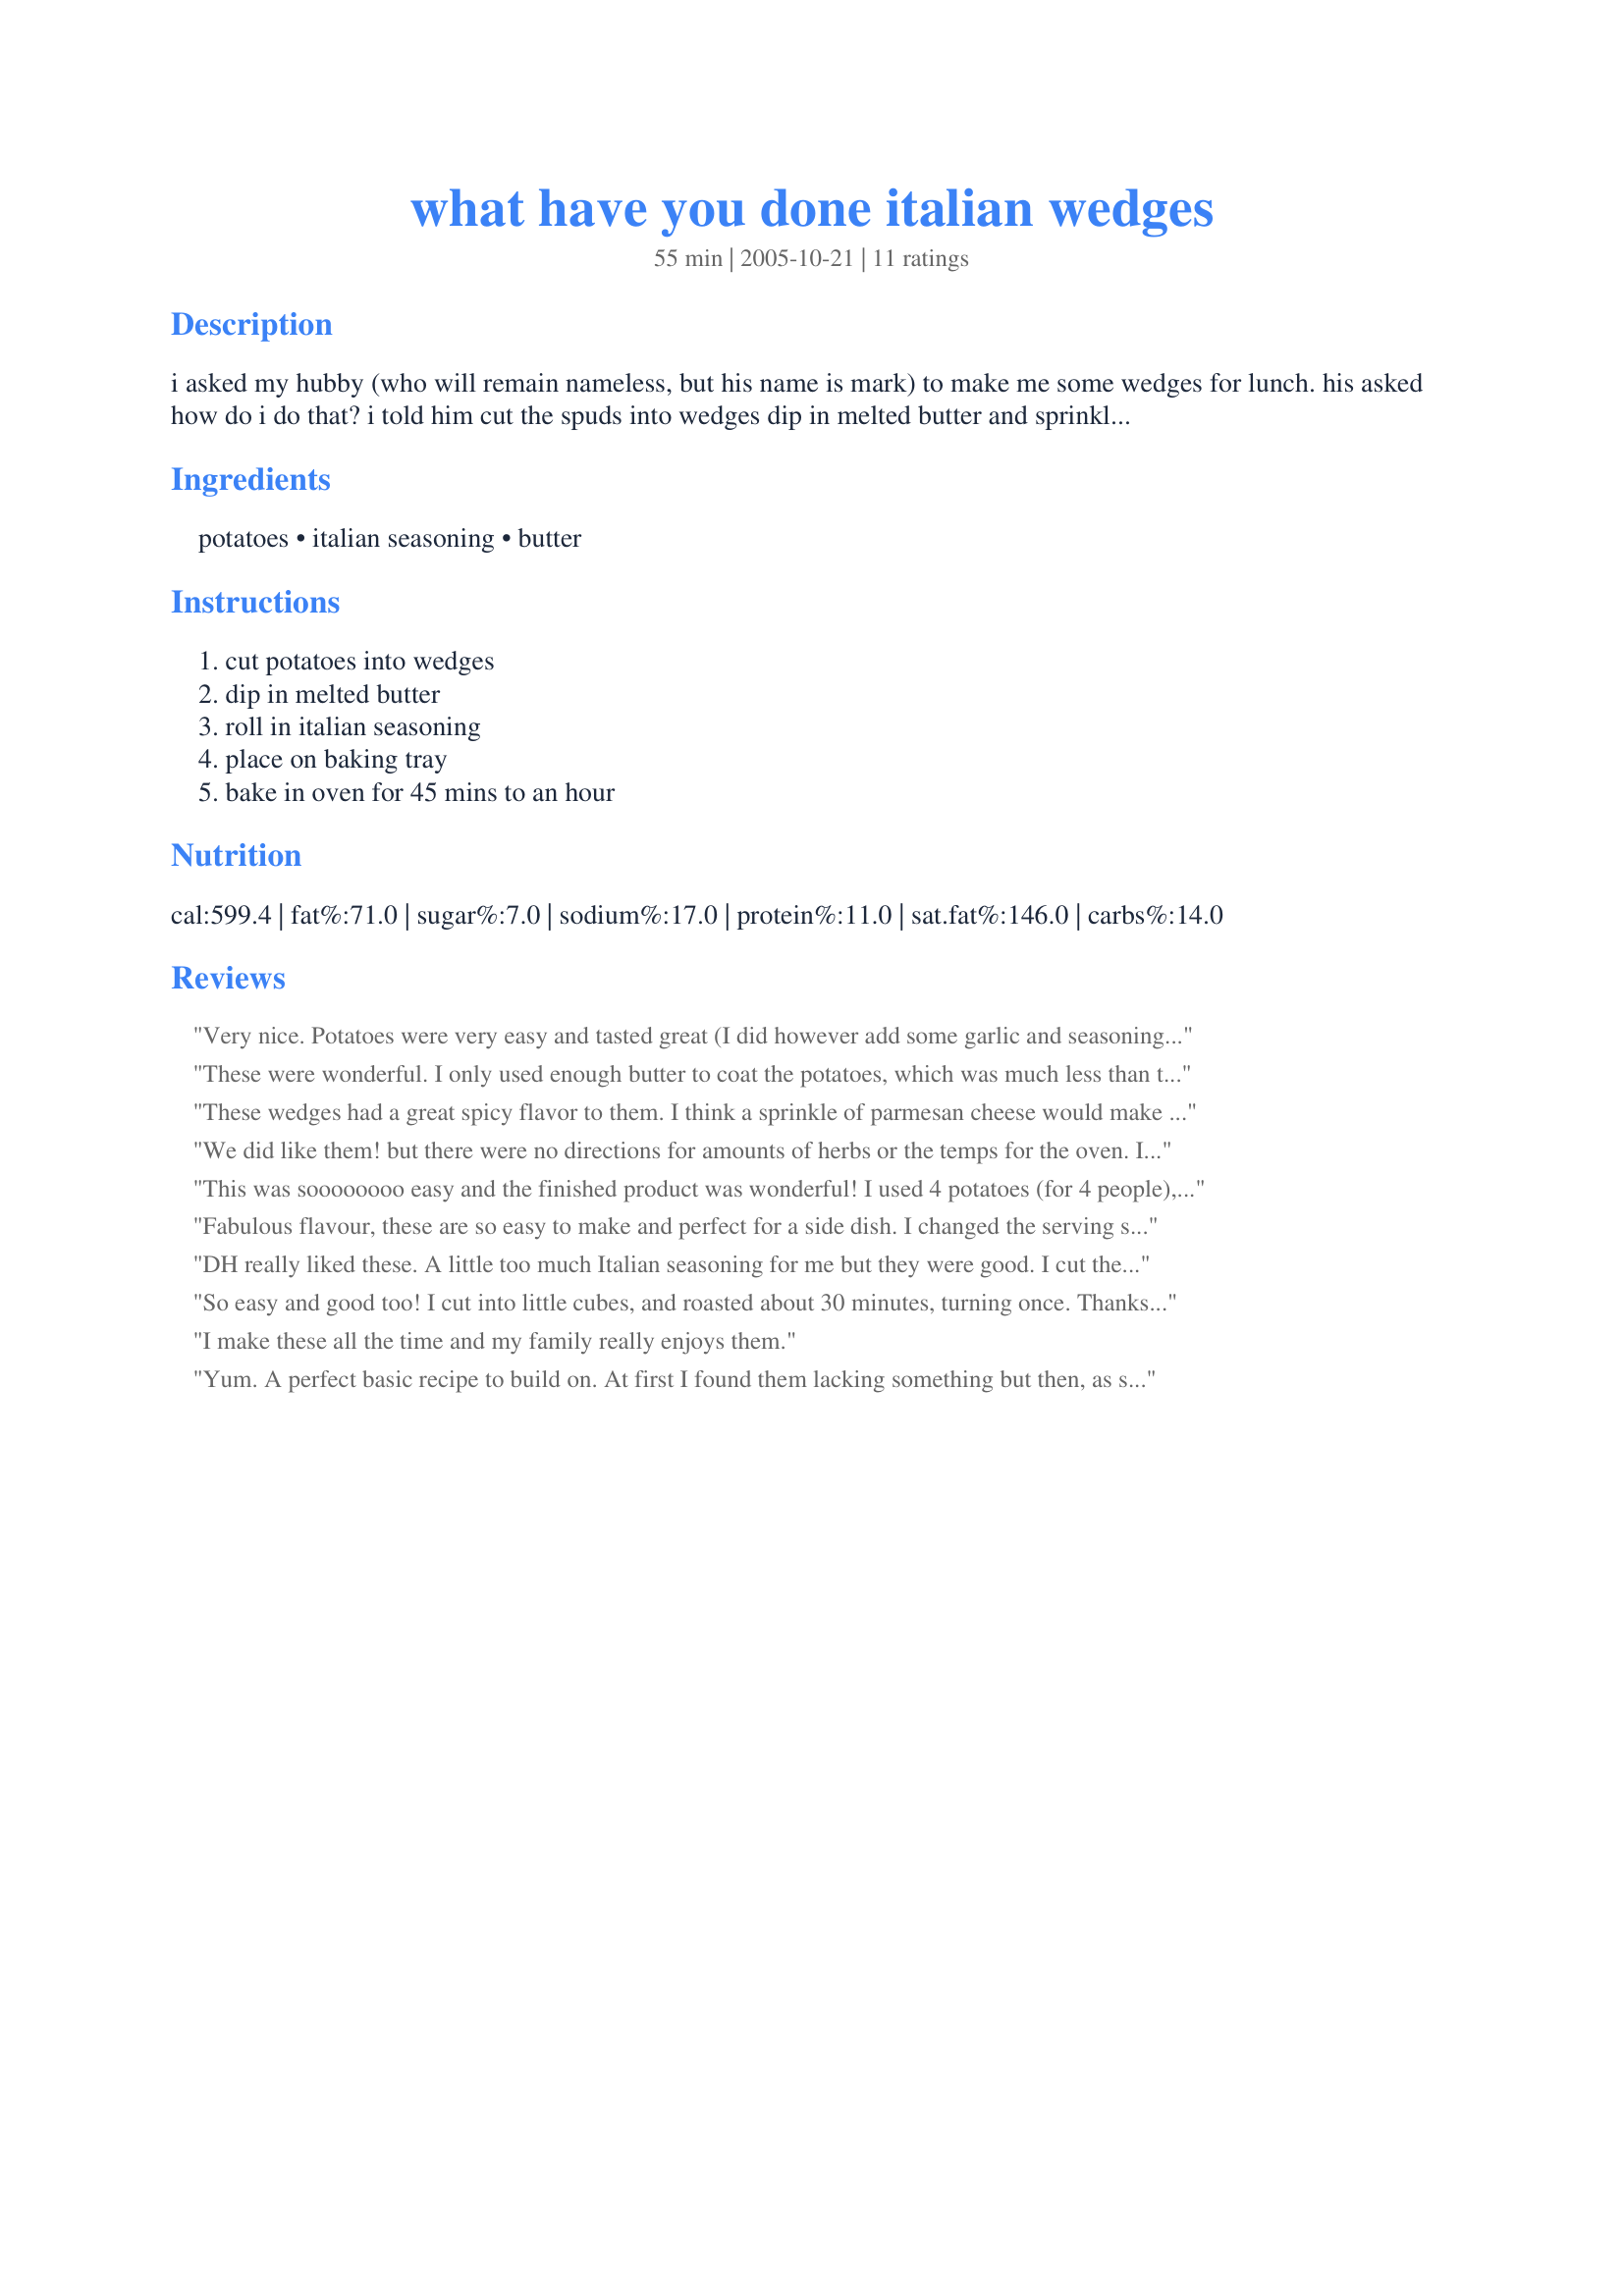
what have you done italian wedges
Preparation time: 55 minutes

i asked my hubby (who will remain nameless, but his name is mark) to make me some wedges for lunch. his asked how do i do that? i told him cut the spuds into wedges dip in melted butter and sprinkle with a little italian seasoning. how could one get that wrong??? well, he rolled the wedges in all my italian seasoning, and while i found then a little too hot and spicy for my liking, someone out there who like things on the hotter side will probably think they are great.

Ingredients:
potatoes, italian seasoning, butter

Steps:
cut potatoes into wedges, dip in melted butter, roll in italian seasoning, place on baking tray, bake in oven for 45 mins to an hour

Reviews:
Very nice. Potatoes were very easy and tasted great (I did however add some garlic and seasoning salt). As per what some of the other reviewers wrote, I did cut down on the butter. I will make these little spuds again. (made and reviewed for NZ/AUS Recipe Swap #27, April '09)
These were wonderful. I only used enough butter to coat the potatoes, which was much less than the stated 1/2 cup. I also lined the cookie sheet with parchment paper to avoid sticking. I'll be making these again and again. Thanks DJ! Made for Auzzie/NZ Swap #27
These wedges had a great spicy flavor to them. I think a sprinkle of parmesan cheese would make a nice addition to the Italian seasoning. I think my oven runs a little hot. Next time I am going to use a lower temperature and less time. Thanks for sharing. Made for Nov. 2009 Aussie/NZ Swap.
We did like them! but there were no directions for amounts of herbs or the temps for the oven.

I used Olive oil infused with garlic instead of butter and just kept adding the herbs until it looked right.

I used my combination micro, and put it on 190 c and low microwave for 20 minutes

i will use this recpe again - thanks for posting
This was soooooooo easy and the finished product was wonderful! I used 4 potatoes (for 4 people), 1/4 cup melted butter and chose to sprinkle the Italian seasoning vs. rolling. I roasted them in a 400 degree oven for about 30 minutes, flipping them once. Absolutely delish.
Fabulous flavour, these are so easy to make and perfect for a side dish. I changed the serving size to one and cut down on the butter. Thank you djmastermum
DH really liked these. A little too much Italian seasoning for me but they were good. I cut the recipe down for us and used 2 tablespoon melted butter. I think next time I will add some parmesan cheese to the seasoning. Made for Ausie Swap.
So easy and good too! I cut into little cubes, and roasted about 30 minutes, turning once. Thanks! Made for Australian Swap Aug. 2010.
I make these all the time and my family really enjoys them.
Yum. A perfect basic recipe to build on. At first I found them lacking something but then, as suggested by another reviewer, I added seasoning salt and immediately 5 star. Next time I will try adding some parmesan. Made for PAC Spring 2011.
Such a simple little trick to m ake a world of difference in the potaote wedges! Wonderful flavor. I also cut down the butter a smidge and added to the table a shaker of cayenne pepper, parm cheese, and a vinegar for dousing the wedges into. YUMMMMMMY. Thank you teamate.<br/>Made for Aus/NZ Swap 43
